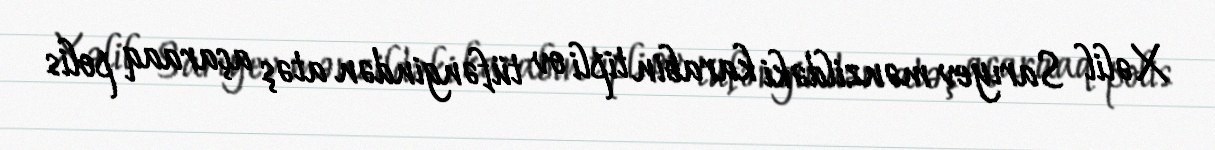
Xəlil Sarıyev mənzildəki karabin tipli ov tüfəngindən atəş açaraaq polis